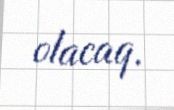
olacaq.